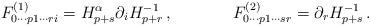
LaTeX: \begin{align*}F^{(1)}_{0\cdots p1\cdots ri} = H_{p+s}^{\alpha}\partial_i H_{p+r}^{-1}\, ,\hskip 1.5truecmF^{(2)}_{0\cdots p1\cdots sr} = \partial_r H_{p+s}^{-1}\, .\end{align*}